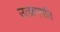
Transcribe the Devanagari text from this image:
उत्क्रमगति